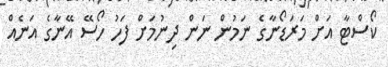
ކޯސްޓާ އަށް މަރަޑޯނާގެ ނަމުން ނަން ދިނުމަށް ފަހު ހޯސޭ އޭނާގެ އަނެއް